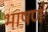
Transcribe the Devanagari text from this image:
भाषणं